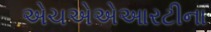
એચએએઆરટીના